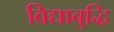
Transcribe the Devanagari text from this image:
विद्याबुद्धि